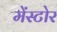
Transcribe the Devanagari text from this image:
मेंस्टोर